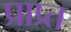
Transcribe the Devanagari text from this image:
प्राप्र्त